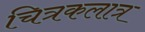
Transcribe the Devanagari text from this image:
चित्रकलात्र